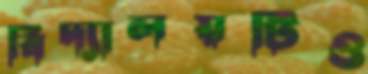
বিদ্যালয়টিও